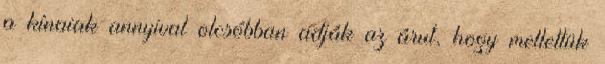
a kínaiak annyival olcsóbban adják az árut, hogy mellettük